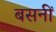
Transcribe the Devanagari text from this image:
बसनीं